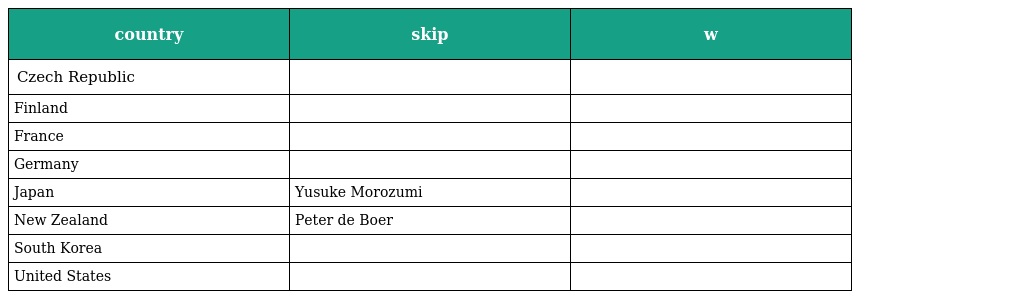
| country | skip | w |
 | --- | --- | --- |
 | Czech Republic |  |  |
 | Finland |  |  |
 | France |  |  |
 | Germany |  |  |
 | Japan | Yusuke Morozumi |  |
 | New Zealand | Peter de Boer |  |
 | South Korea |  |  |
 | United States |  |  |